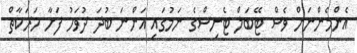
އެންމެންނަށް ވެސް ޓޭބަލް ޓެނިސްގެ ނަމުގައި އަންނަ ބުދަ ދުވަހު ފަށާ ހަރަކާތް